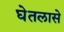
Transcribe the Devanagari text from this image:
घेतलासे